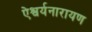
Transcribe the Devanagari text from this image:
ऐश्वर्यनारायण